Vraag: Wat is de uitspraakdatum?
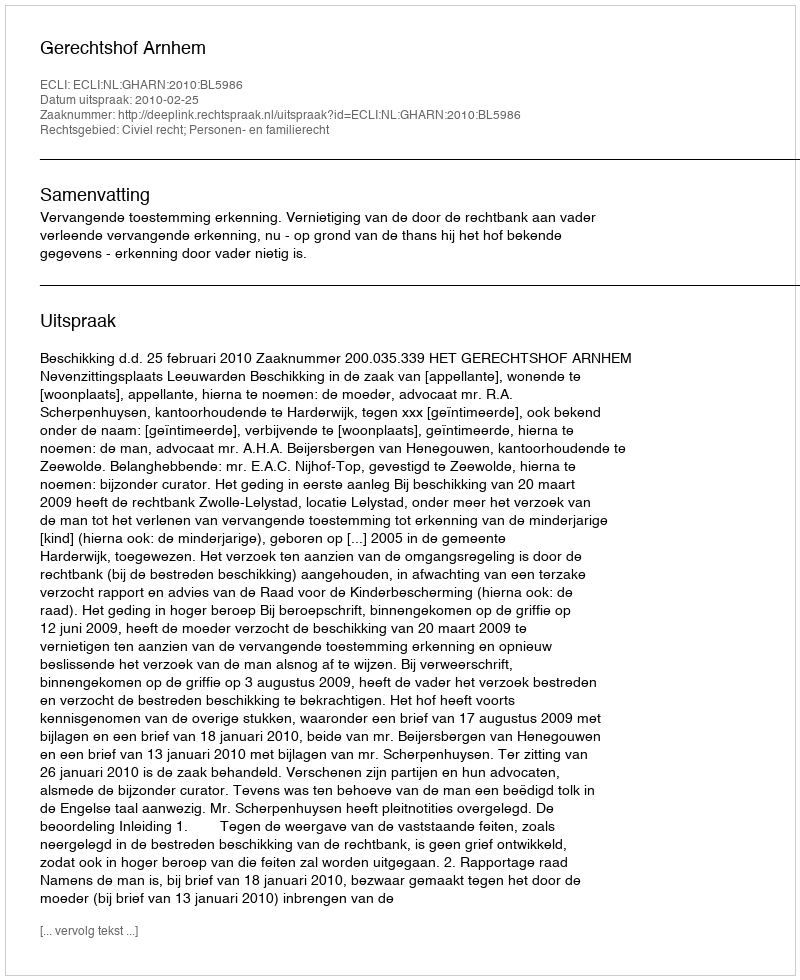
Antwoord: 2010-02-25